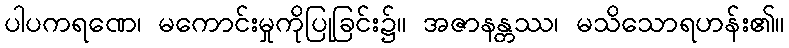
ပါပကရဏေ၊ မကောင်းမှုကိုပြုခြင်း၌။ အဇာနန္တဿ၊ မသိသောရဟန်း၏။